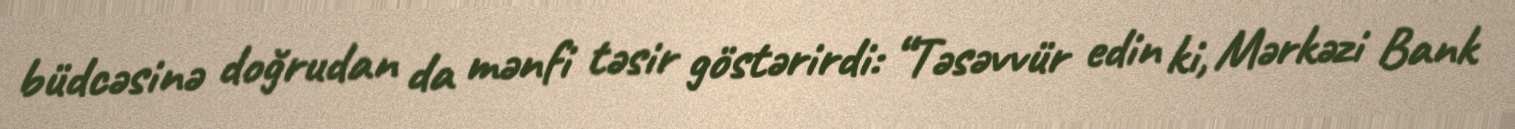
büdcəsinə doğrudan da mənfi təsir göstərirdi: “Təsəvvür edin ki, Mərkəzi Bank